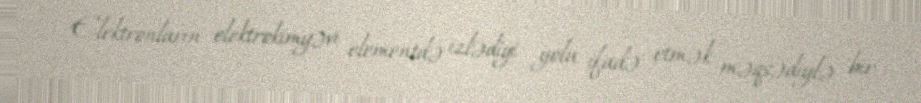
Elektronların elektrokimyəvi elementdə izlədiyi yolu ifadə etmək məqsədiylə bir